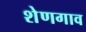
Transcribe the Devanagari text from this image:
शेणगाव